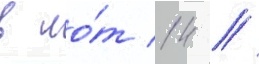
в ло́т 14 //